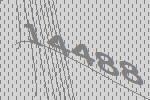
14488